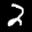
Label: 2